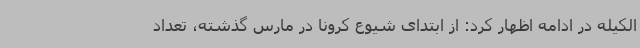
الکیله در ادامه اظهار کرد: از ابتدای شیوع کرونا در مارس گذشته، تعداد